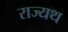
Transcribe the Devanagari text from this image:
राज्यथ